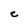
Character: C